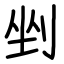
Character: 剉